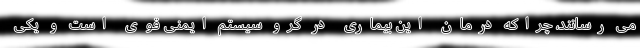
می رسانند، چراکه درمان این بیماری در گرو سیستم ایمنی قوی است و یکی